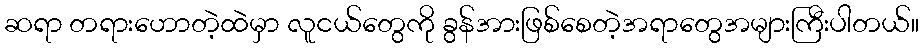
ဆရာ တရားဟောတဲ့ထဲမှာ လူငယ်တွေကို ခွန်အားဖြစ်စေတဲ့အရာတွေအများကြီးပါတယ်။